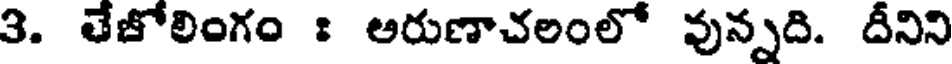
3. తేజోలింగం : అరుణాచలంలో వున్నది. దీనిని